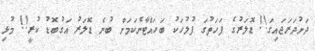
ދަށުދަރަޖައިގަ!! ޑޮލަރުގެ ފަހަތުގަ ފުލުހަކު ބަހައްޓާނެކަމަށް ބުނެ ޑޮލަރު އަގުބޮޑު ކުރީ!! މުޅި